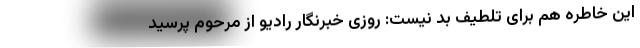
این خاطره هم برای تلطیف بد نیست: روزی خبرنگار رادیو از مرحوم پرسید